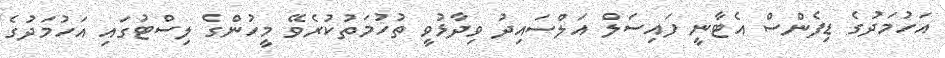
އަހުމަދުގެ ޑިފެންސް އެޓާނީ ފައިސަލް އަލްސައިދު ވިދާޅުވީ ތުހުމަތުކުރެވޭ މީހުންގެ ލިސްޓުގައި އަހުމަދުގެ